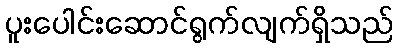
ပူးပေါင်းဆောင်ရွက်လျက်ရှိသည်